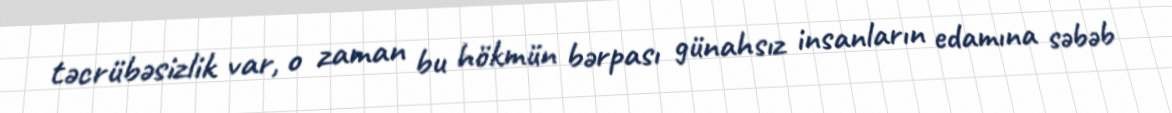
təcrübəsizlik var, o zaman bu hökmün bərpası günahsız insanların edamına səbəb